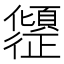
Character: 𫤎